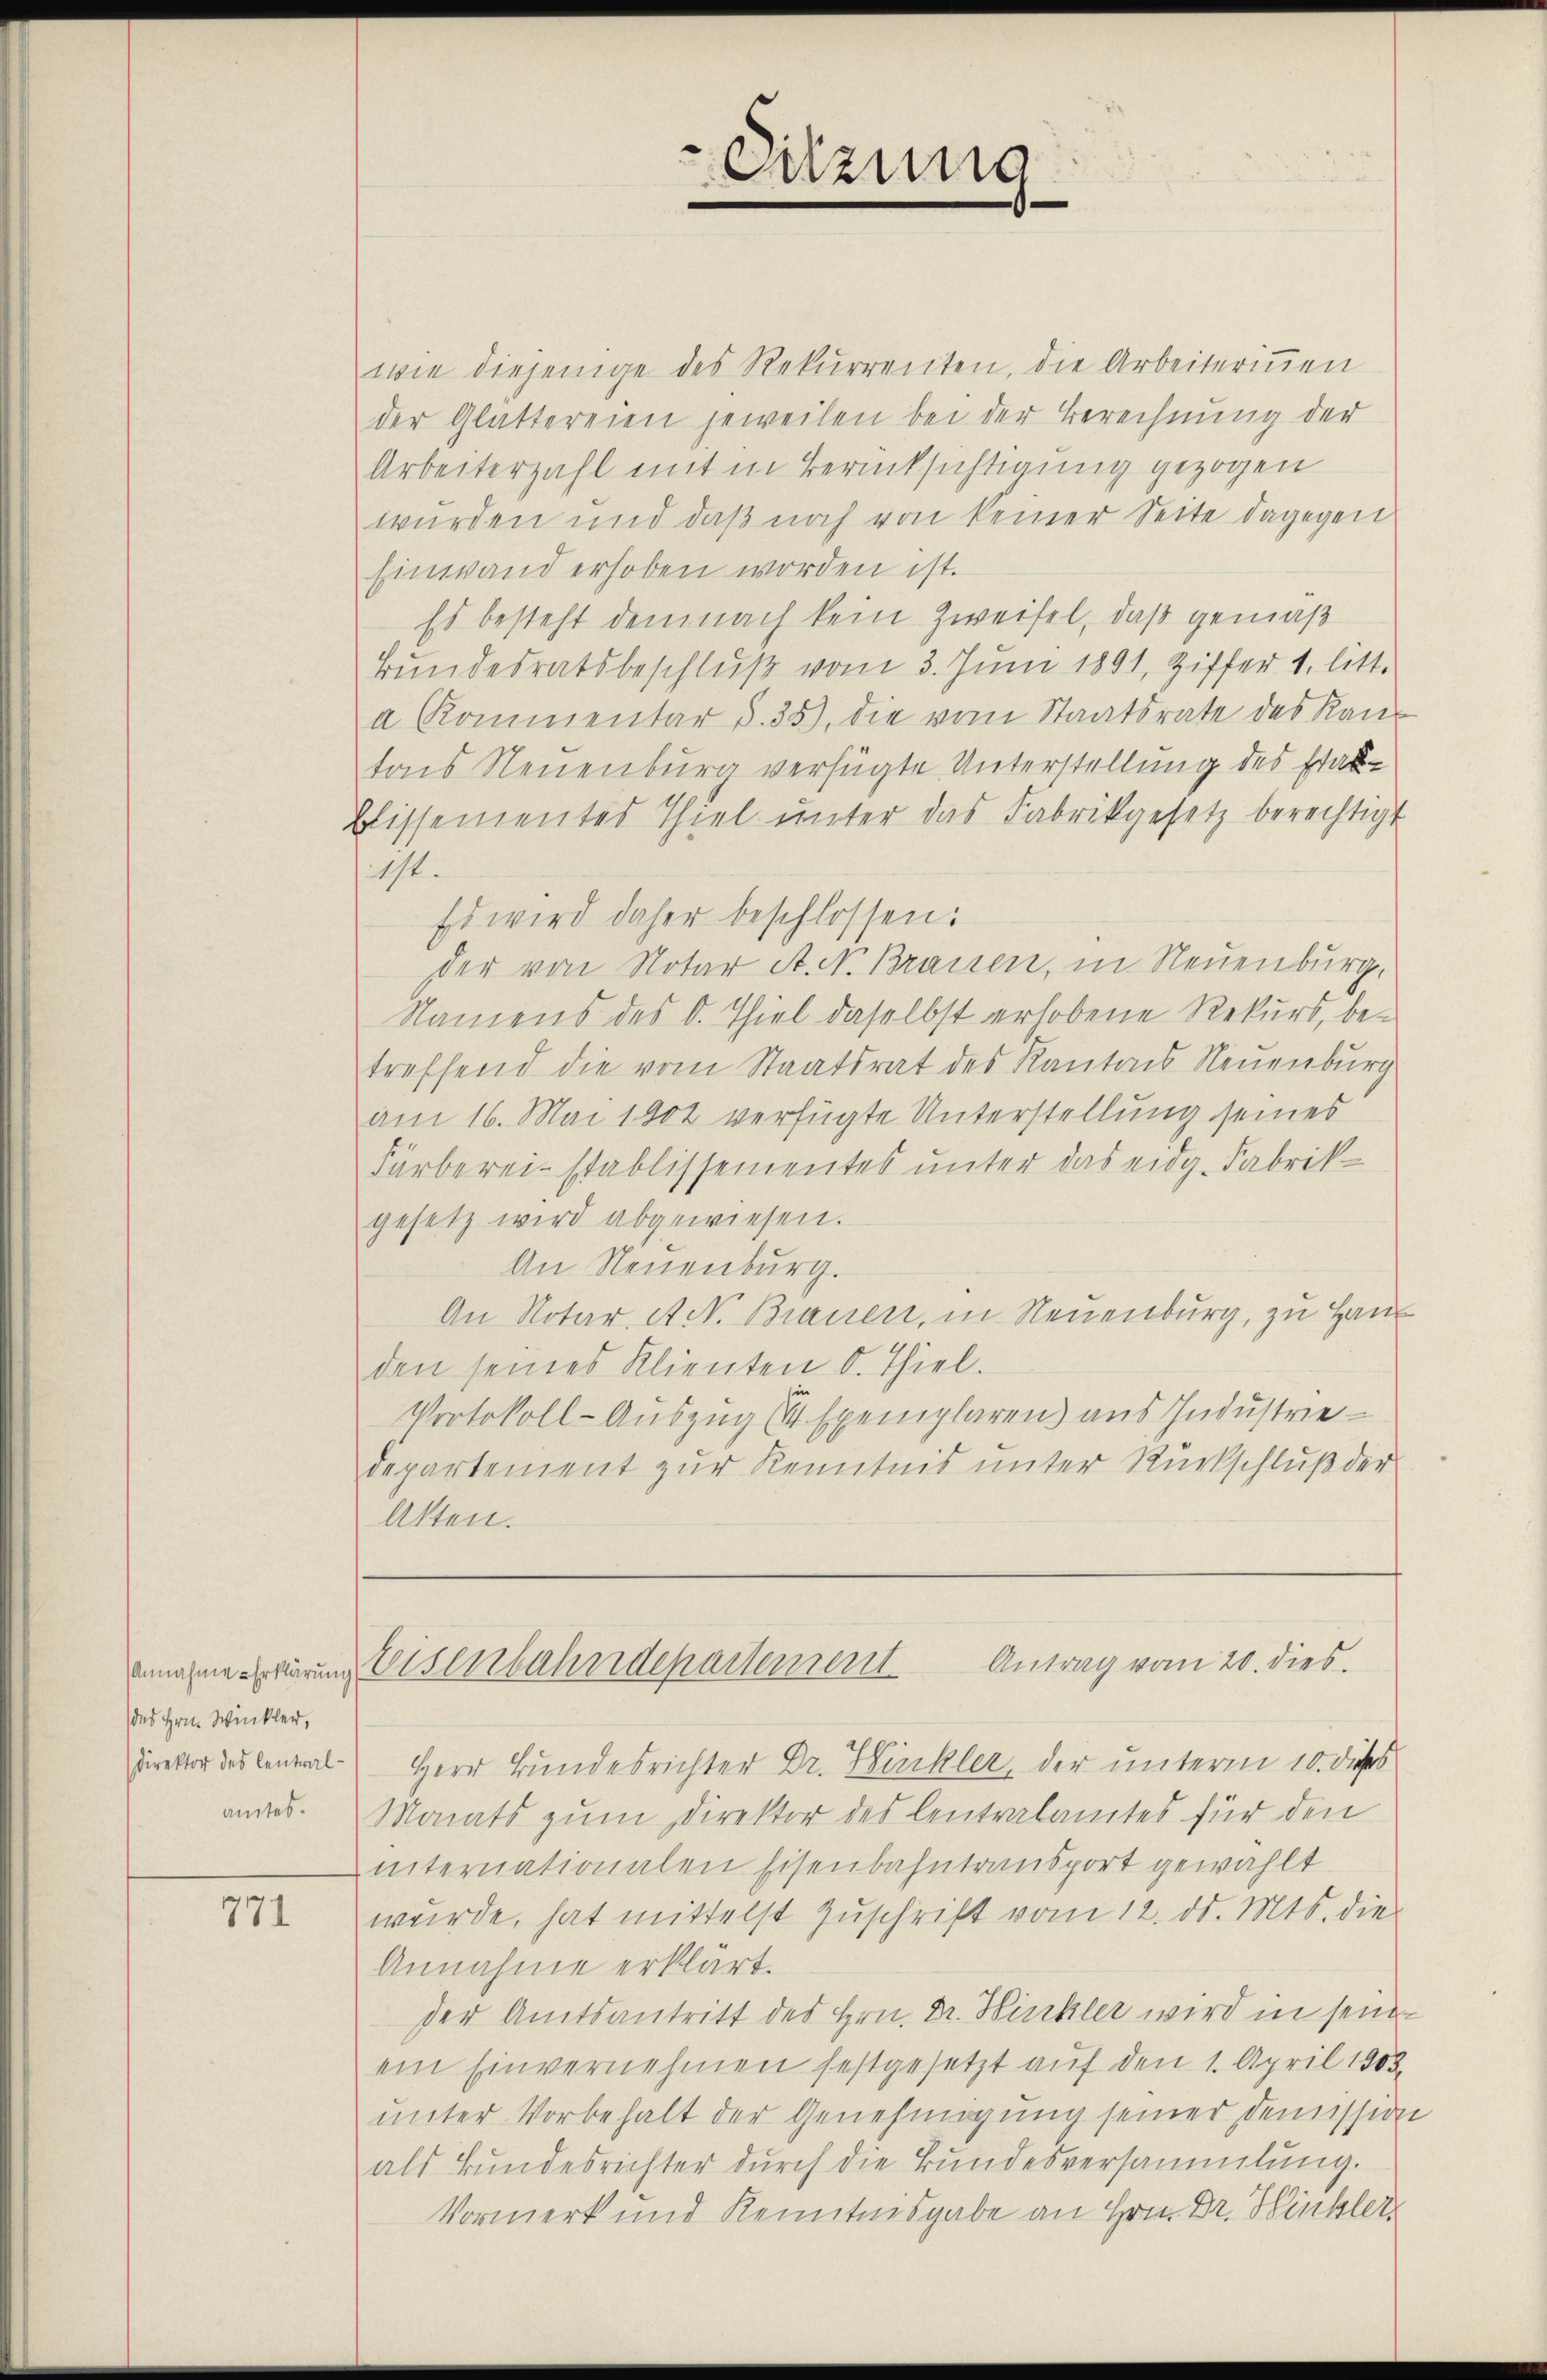
Annahme Erklärung
des Hrn. Winkler,
Direktor des Centralamtes.

771

Ouzung

wie diejenige des Rekurrenten, die Arbeiterinnen
der Glattereien jeweilen bei der Berechnung der
Arbeiterzahl mit in Berücksichtigung gezogen
wurden und daß noch von keiner Seite dagegen
Einwand erhoben worden ist.
Es besteht demnach kein Zweifel, daß gemäß
Bundesratsbeschluß vom 3. Juni 1891, Ziffer 1. litt.
a Kommentar §. 35), die vom Staatsrate des Kantons Neuenburg verfügte Unterstellung des statblissementes Thiel unter das Fabrikgesetz berechtigt
1st.
Es wird daher beschlossen:
der von Notar A. N. Brauen, in Neuenburg,
Namens des d. Thiel daselbst erhobene Rekurs, betreffend die vom Staatsrat des Kantons Neuenburg
am 16. Mai 1902 verfügte Unterstellung seines
Färberei-stablissementes unter das eidg. Fabrik-
gesetz wird abgewiesen.
An Neuenburg.
An Notar et. Brauen, in Neuenburg, zu Haus
den seines Klienten d. Thiel.
Protokoll-Auszug (4 Exemplaren aus Industriedepartement zur Kenntnis unter Rückschluß der
Alten.

Eeisenbahndepartement Antrag vom 20. dies

Herr Bundesrichter Dr. Hinkler, der unterm 10. dieses
Monats zum Direktor des Centralamtes für den
internationalen Eisenbahntransport gewählt
wurde, hat mittelst Zuschrift vom 12. d. Mts. die
Annahme erklärt.
der Amtsantritt des Hrn. Dr. Bickler wird in sein
ein Einvernehmen festgesetzt auf den 1. April 1903.
unter Vorbehalt der Genehmigung seiner Demission
als Bundesrichter durch die Bundesversammlung.
Vormerk und Kenntnisgabe an Hrn. Dr. Hinkler